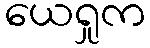
ယေရှုက